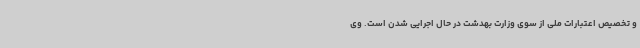
و تخصیص اعتبارات ملی از سوی وزارت بهدشت در حال اجرایی شدن است. وی